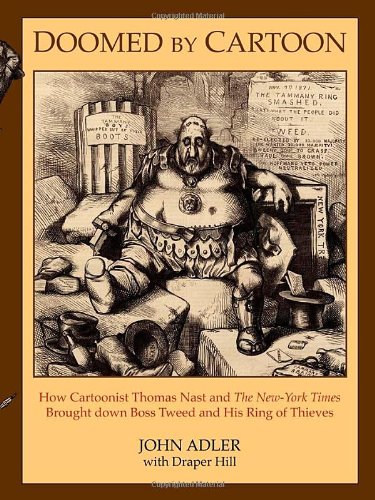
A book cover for Doomed by Cartoon: How Cartoonist Thomas Nast and the New York Times Brought Down Boss Tweed and His Ring of Thieves; John Adler; Humor & Entertainment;